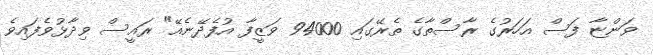
ވަންޏާ ފަސް އަހަރުގެ ރާސްތާގެ ތެރޭގައި 94000 ވަޒީފާ އުފެދޭނެއޭ" ރައީސް ވިދާޅުވެފައިވެ